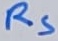
Text: RS